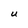
Character: U